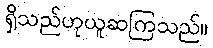
ရှိသည်ဟုယူဆကြသည်။